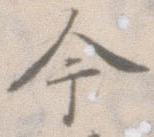
今